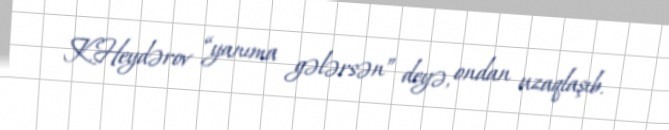
K.Heydərov “yanıma gələrsən” deyə, ondan uzaqlaşıb.